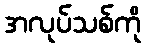
အလုပ်သစ်ကို